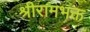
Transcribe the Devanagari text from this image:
श्रीरामभक्त